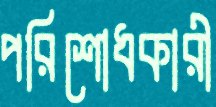
পরিশোধকারী